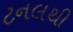
ટનલથી